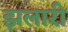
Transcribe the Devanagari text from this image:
झलारी